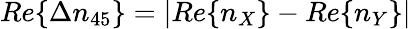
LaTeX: Re\{ \Delta n_{45}\} =\vert Re\{ n_{X}\} -Re\{ n_{Y}\} \vert